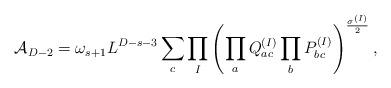
LaTeX: \begin{align*}{\cal A}_{D-2}=\omega_{s+1}L^{D-s-3} \sum_c\prod_I \left( \prod_a Q^{(I)}_{ac} \prod_b P^{(I)}_{bc} \right)^\frac{\sigma^{(I)}}{2},\end{align*}